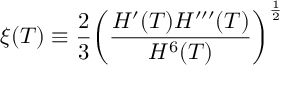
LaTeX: \xi ( T ) \equiv \frac { 2 } { 3 } \bigg ( \frac { H ^ { \prime } ( T ) H ^ { \prime \prime \prime } ( T ) } { H ^ { 6 } ( T ) } \bigg ) ^ { \frac { 1 } { 2 } }